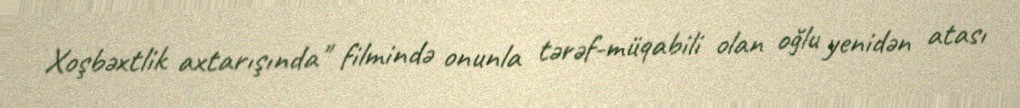
Xoşbəxtlik axtarışında" filmində onunla tərəf-müqabili olan oğlu yenidən atası